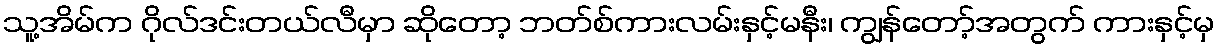
သူ့အိမ်က ဂိုလ်ဒင်းတယ်လီမှာ ဆိုတော့ ဘတ်စ်ကားလမ်းနှင့်မနီး၊ ကျွန်တော့်အတွက် ကားနှင့်မှ